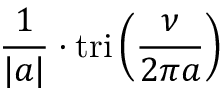
{ \frac { 1 } { | a | } } \cdot \operatorname { t r i } \left( { \frac { \nu } { 2 \pi a } } \right)